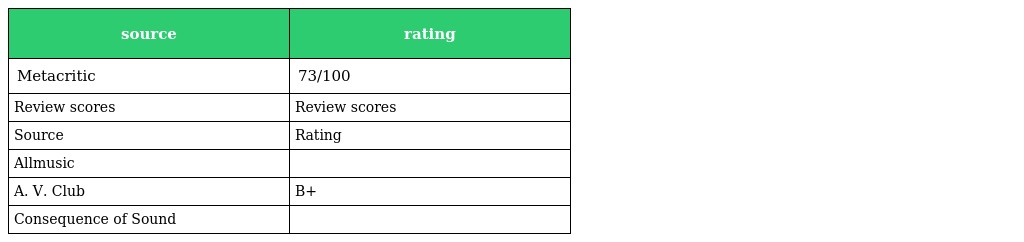
| source | rating |
 | --- | --- |
 | Metacritic | 73/100 |
 | Review scores | Review scores |
 | Source | Rating |
 | Allmusic |  |
 | A. V. Club | B+ |
 | Consequence of Sound |  |